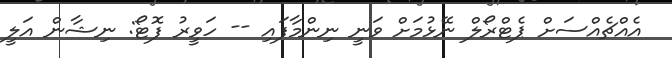
އެއްޗެއްސަށް ޕެޓްރޯލް ނޭޅުމަށް ވަނީ ނިންމާފައި -- ހަވީރު ފޮޓޯ: ނިޝާން އަލީ